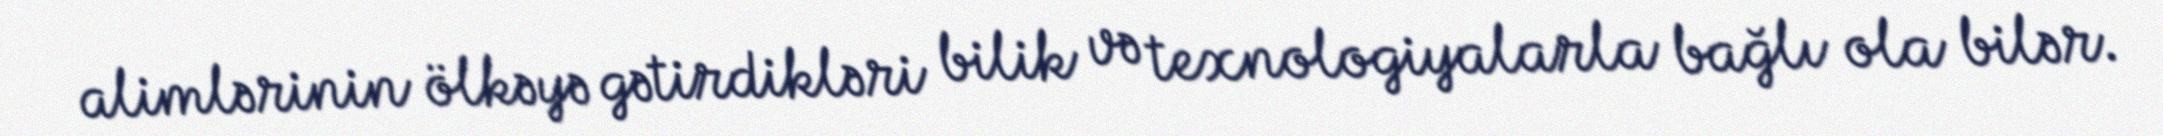
alimlərinin ölkəyə gətirdikləri bilik və texnologiyalarla bağlı ola bilər.